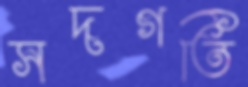
সদগতি